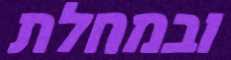
ובמחלת